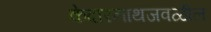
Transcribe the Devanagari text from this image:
केदारनाथजवळील